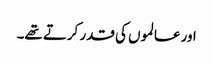
اور عالموں کی قدر کرتے تھے۔